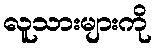
လူသားများကို